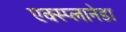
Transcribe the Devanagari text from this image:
एक्स्प्लानेडा